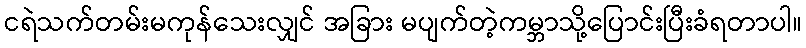
ငရဲသက်တမ်းမကုန်သေးလျှင် အခြား မပျက်တဲ့ကမ္ဘာသို့ပြောင်းပြီးခံရတာပါ။